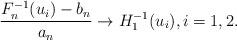
LaTeX: \begin{align*}\frac{F_{n}^{-1}(u_{i})-b_{n}}{a_{n}}\rightarrow H_{1}^{-1}(u_{i}),i=1,2. \end{align*}